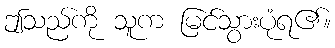
ဤသည်ကို သူက မြင်သွားပုံရ၏။